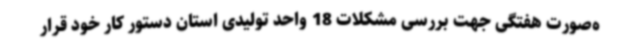
ه‌صورت هفتگی جهت بررسی مشکلات 18 واحد تولیدی استان دستور کار خود قرار